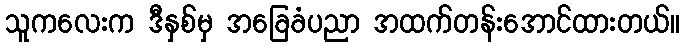
သူကလေးက ဒီနှစ်မှ အခြေခံပညာ အထက်တန်းအောင်ထားတယ်။